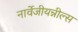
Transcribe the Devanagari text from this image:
नार्वेजीयन्नील्स